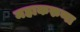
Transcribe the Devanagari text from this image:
महाकरुणा